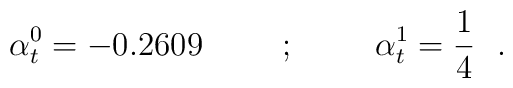
\alpha^0_t = - 0.2609 \hskip 1cm ; \hskip 1cm \alpha^1_t = {1\over 4}~~.